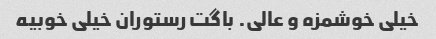
خیلی خوشمزه و عالی. باگت رستوران خیلی خوبیه